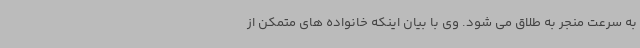
به سرعت منجر به طلاق می شود. وی با بیان اینکه خانواده های متمکن از